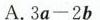
A.3a-2b